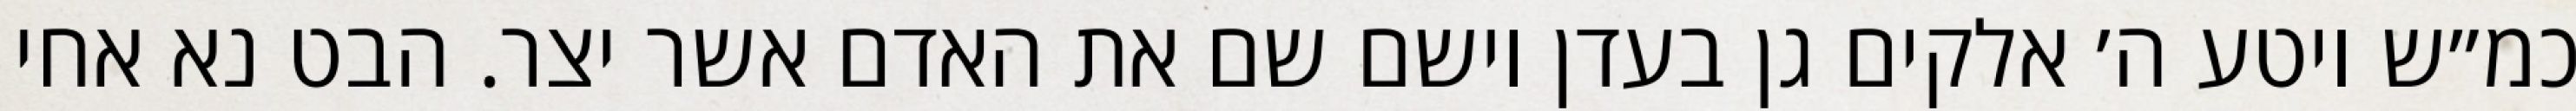
כמ״ש ויטע ה׳ אלקים גן בעדן וישם שם את האדם אשר יצר. הבט נא אחי